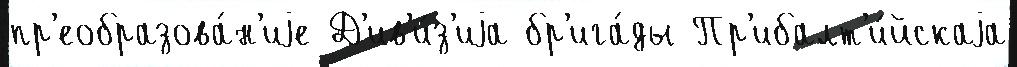
пр'еобразова́н'иjе Д'ив'и́з'иjа бр'ига́ды Пр'ибалт'и́йскаjа